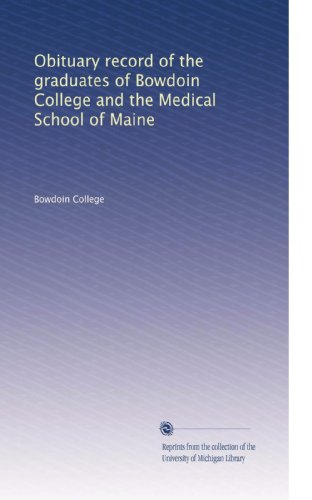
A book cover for Obituary record of the graduates of Bowdoin College and the Medical School of Maine; Bowdoin College; Education & Teaching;